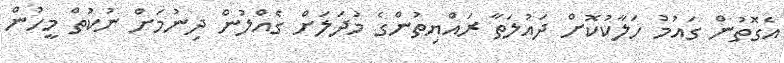
އެގޮތުން ގައުމު ހަލާކުކޮށް ދައުލަތާ ރައްޔިތުންގެ މުދަލަށް ގެއްލުން ދިނުމަށް ނުކުތް މީހުން